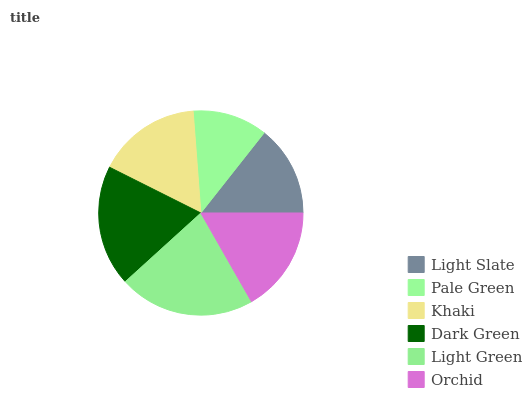
| Light Slate | Pale Green | Khaki | Dark Green | Light Green | Orchid |
 | --- | --- | --- | --- | --- | --- |
 | 14.4% | 11.9% | 16.4% | 19.1% | 21.5% | 16.7% |